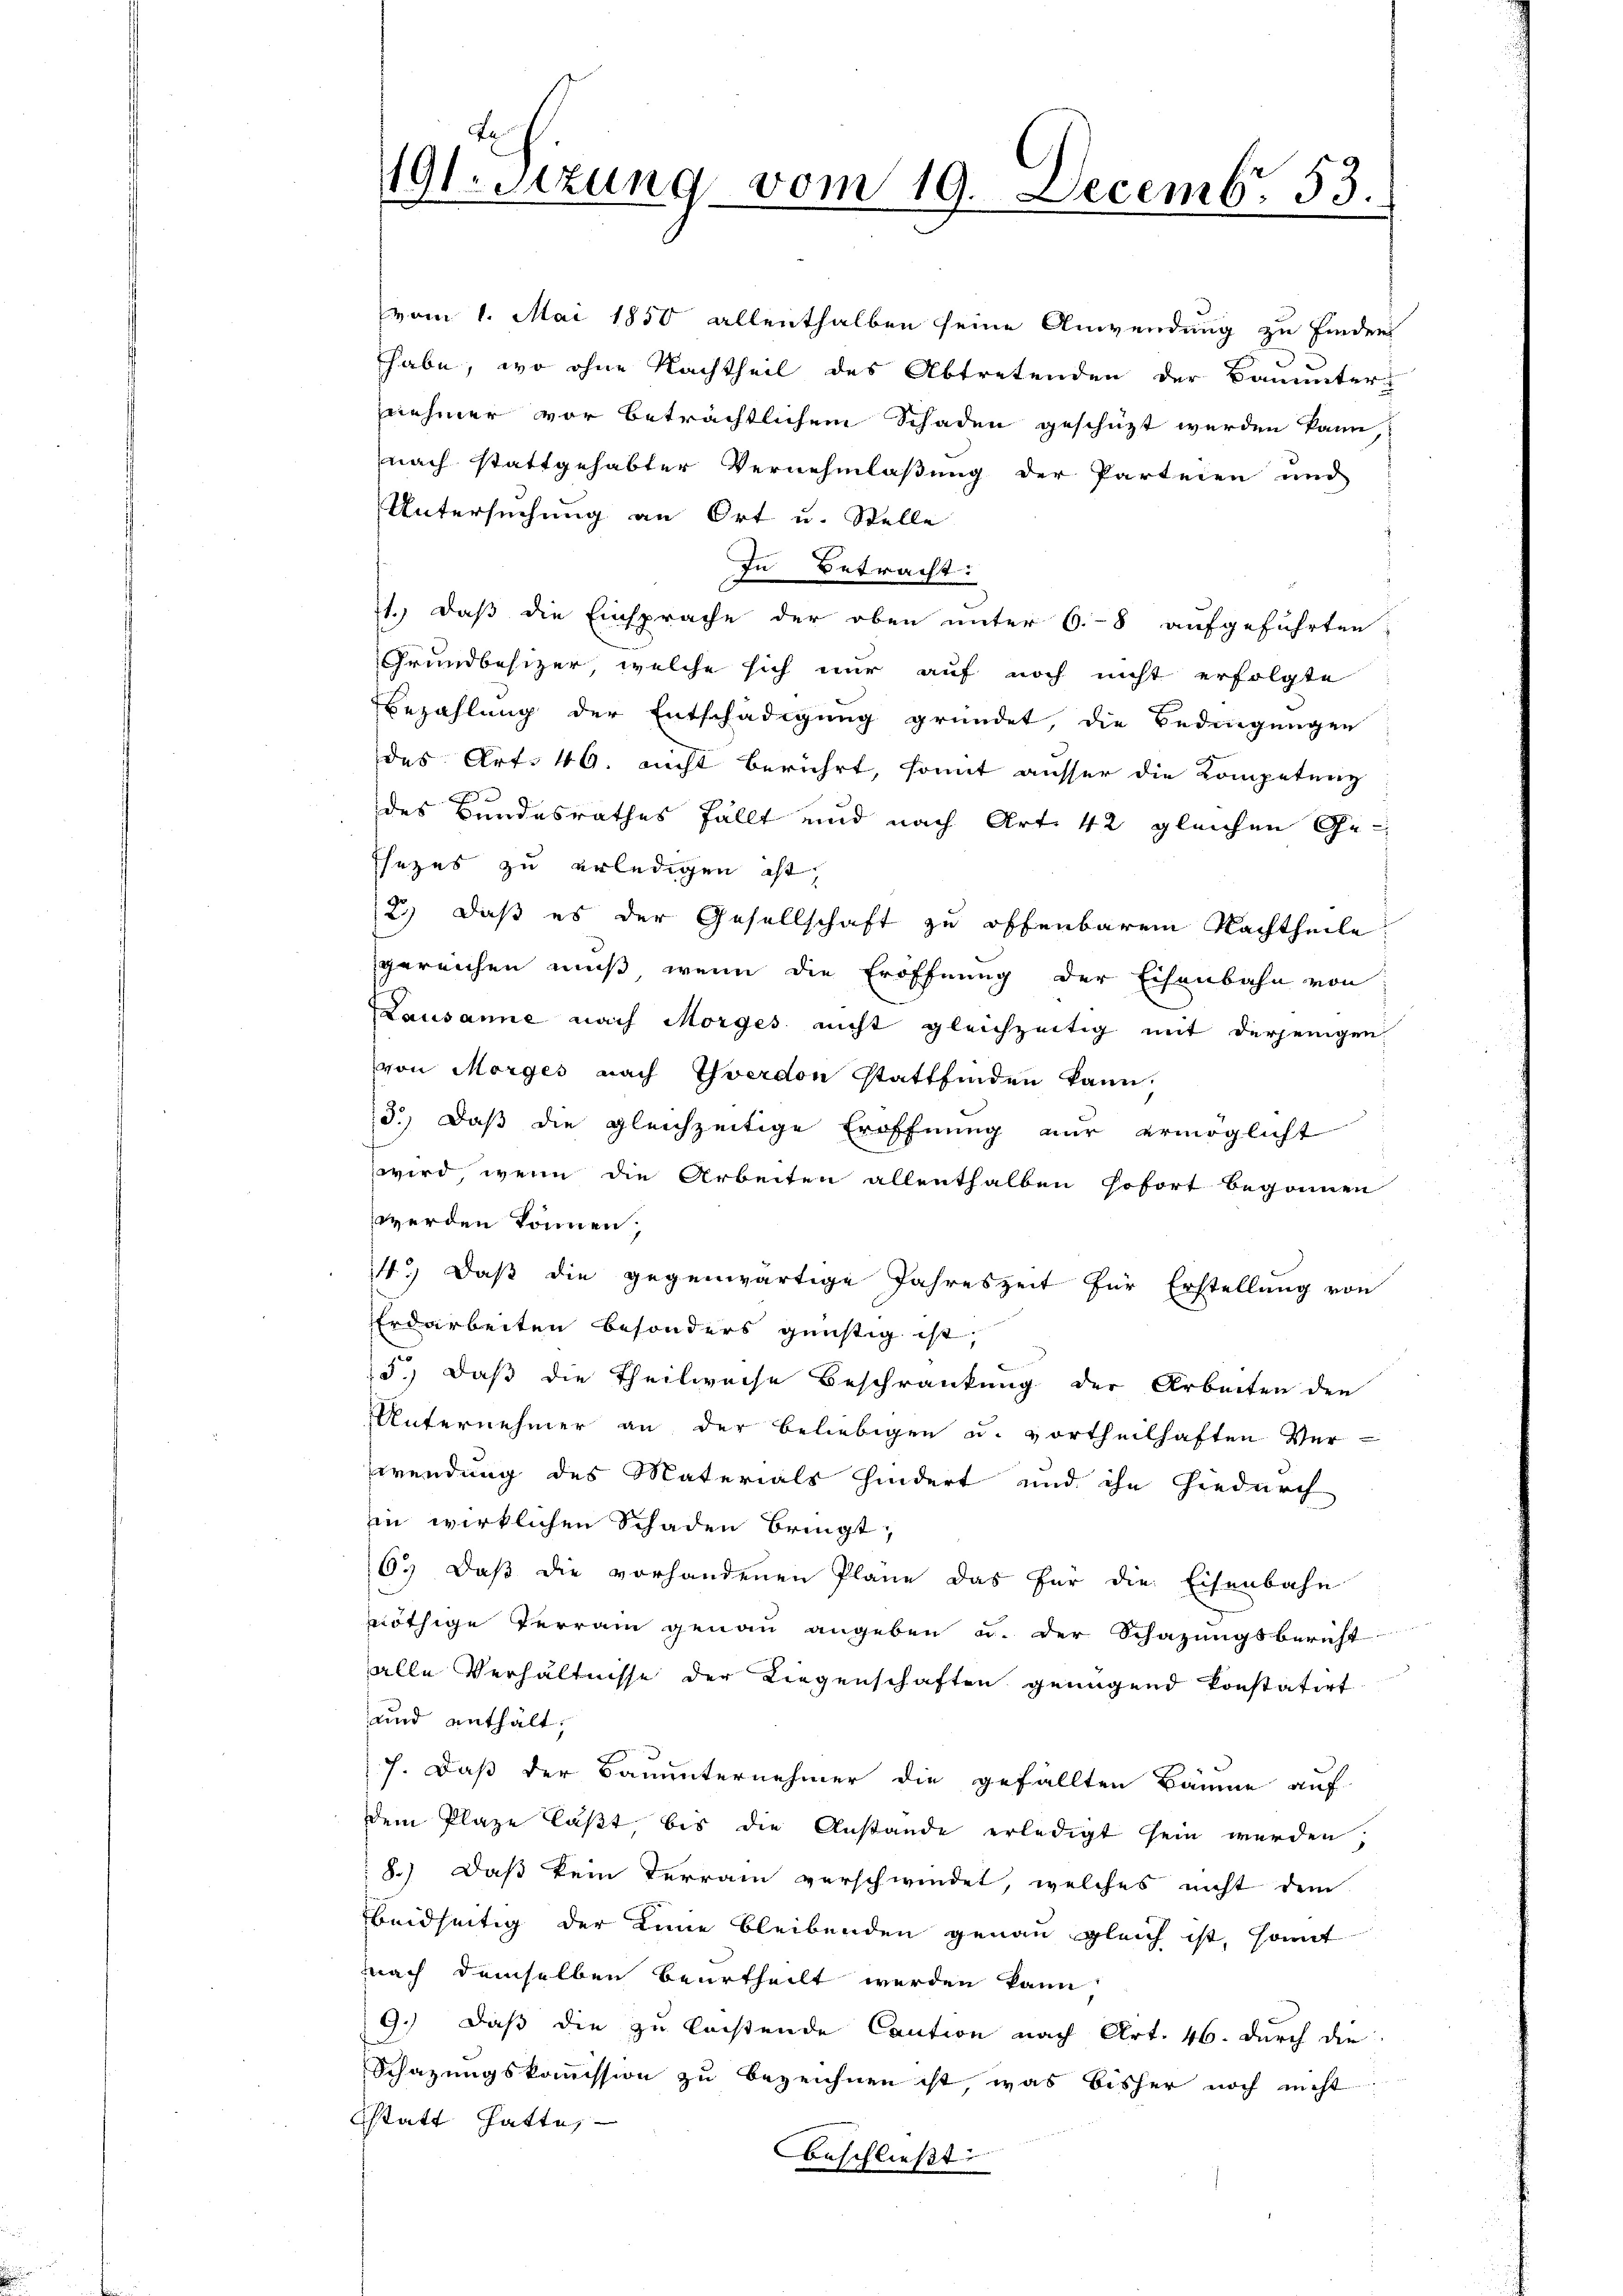
91-sizung vom 19. Decemb. 53.

(vom 1. Mai 1850 allenthalben seine Anwendung zu finden
habe, wo ohne Nachtheil des Abtretenden der Bauunternehmer vor beträchtlichem Schaden geschüzt werden kann
nach stattgehabter Vernehmlaßung der Parteien und
Untersuchung an Ort u. Stelle
In Betracht:
71., daß die Einsprache der oben unter 6.-8 aufgeführten
Grundbesizer welche sich nur auf noch nicht erfolgte
Bezahlung der Entschädigung gründet, die Bedingungen
des Art. 40. nicht berührt, somit ausser die Kompetenz
des Bundesrathes fällt und nach Art. 42 gleichen Ge¬
Ehezes zu erledigen ist,
2) daß es der Gesellschaft zu offenbarem Nachtheile
gereichen muß, wenn die Eröffnung der Eisenbahn von
Lausanne nach Morges nicht gleichzeitig mit derjenigen
von Morges nach Yverdon Stattfinden kann.
3.) Daß die gleichzeitige Eröffnung nur ermöglicht
wird, wenn die Arbeiten allenthalben sofort begonnen
werden können;
4.) Daß die gegenwärtige Jahreszeit für Erstellung von
Erdarbeiten besonders günstig ist,
5.) Daß die Theilweise Beschränkung der Arbeiten den
Unternehmer an der beliebigen u. vortheilhaften Ver-
wendung des Materials hindert und ihn hiedurch
ein wirklichen Schaden bringt;
6.) Daß die vorhandenen Plane das für die Eisenbahn
nnöthige Terrain genau angeben u. der Schazungsbericht
alle Verhältnisse der Liegenschaften genügend konstatirt
und enthält,
7. Daß der Bauunternehmer die gefällten Bäume auf
dem Plaze läßt, bis die Anstande erledigt sein werden
8.) Daß kein Terrain verschwindet, welches nicht dem
beidseitig der Linie bleibenden genau gleich ist, somit
nach demselben beurtheilt werden kann
9.) Daß die zu lasstende Caution nach Art. 46. durch die
Schazungskommission zu bezeichnen ist, was bisher noch nicht
sstatt hatte,
Anschließt: